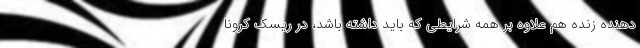
دهنده زنده هم علاوه بر همه شرایطی که باید داشته باشد، در ریسک کرونا